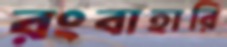
রংবাহারি